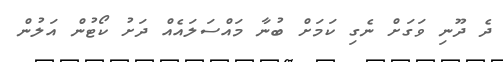
ދެ ދޫނި ވަގަށް ނެގި ކަމަށް ބުނާ މައްސަލައެއް ދަށު ކޯޓުން އަލުން